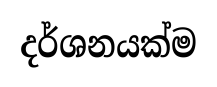
දර්ශනයක්ම